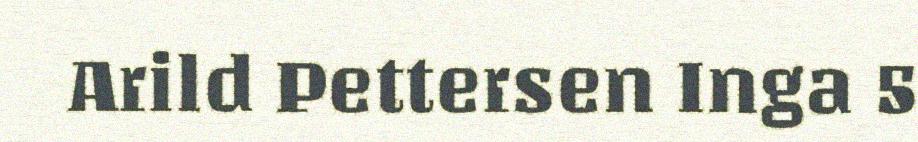
Arild Pettersen Inga 5